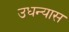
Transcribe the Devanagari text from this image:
उधन्यास